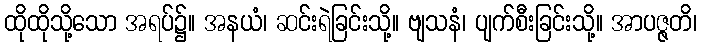
ထိုထိုသို့သော အရပ်၌။ အနယံ၊ ဆင်းရဲခြင်းသို့။ ဗျသနံ၊ ပျက်စီးခြင်းသို့။ အာပဇ္ဇတိ၊